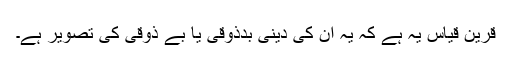
قرینِ قیاس یہ ہے کہ یہ ان کی دینی بدذوقی یا بے ذوقی کی تصویر ہے۔